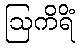
ဩကိရိံ